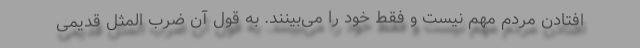
افتادن مردم مهم نیست و فقط خود را می‌بینند. به قول آن ضرب المثل قدیمی